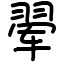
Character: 翚